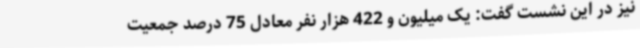
نیز در این نشست گفت: یک میلیون و 422 هزار نفر معادل 75 درصد جمعیت